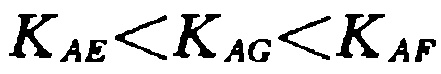
\(K_{AE}<K_{AG}<K_{AF}\)